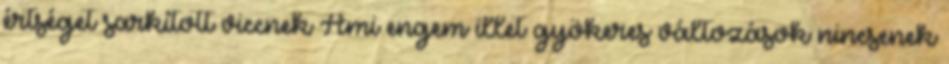
értséget sarkított viccnek Ami engem illet gyökeres változások nincsenek